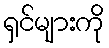
ရှင်များကို